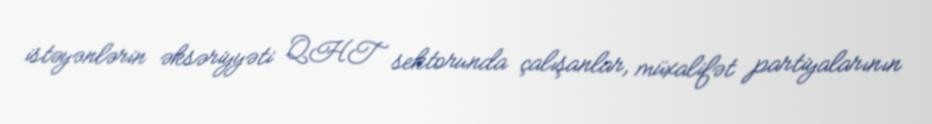
istəyənlərin əksəriyyəti QHT sektorunda çalışanlar, müxalifət partiyalarının